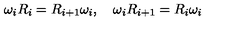
\omega _ { i } R _ { i } = R _ { i + 1 } \omega _ { i } , \quad \omega _ { i } R _ { i + 1 } = R _ { i } \omega _ { i }